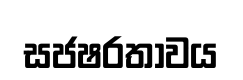
සජෂරතාවය